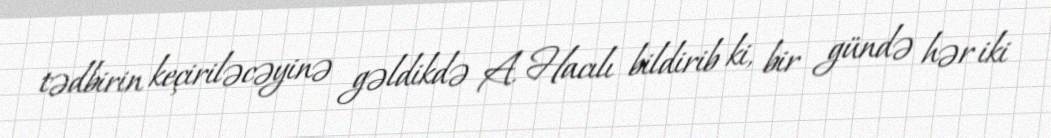
tədbirin keçiriləcəyinə gəldikdə A. Hacılı bildirib ki, bir gündə hər iki